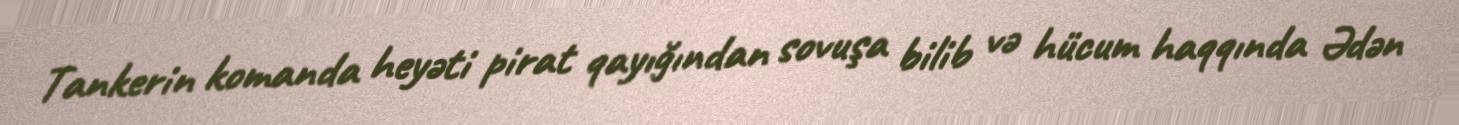
Tankerin komanda heyəti pirat qayığından sovuşa bilib və hücum haqqında Ədən